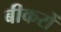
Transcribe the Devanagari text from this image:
बीकरों